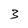
Character: 3